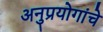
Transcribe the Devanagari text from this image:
अनुप्रयोगांचे